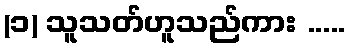
(၁) သူသတ်ဟူသည်ကား .....